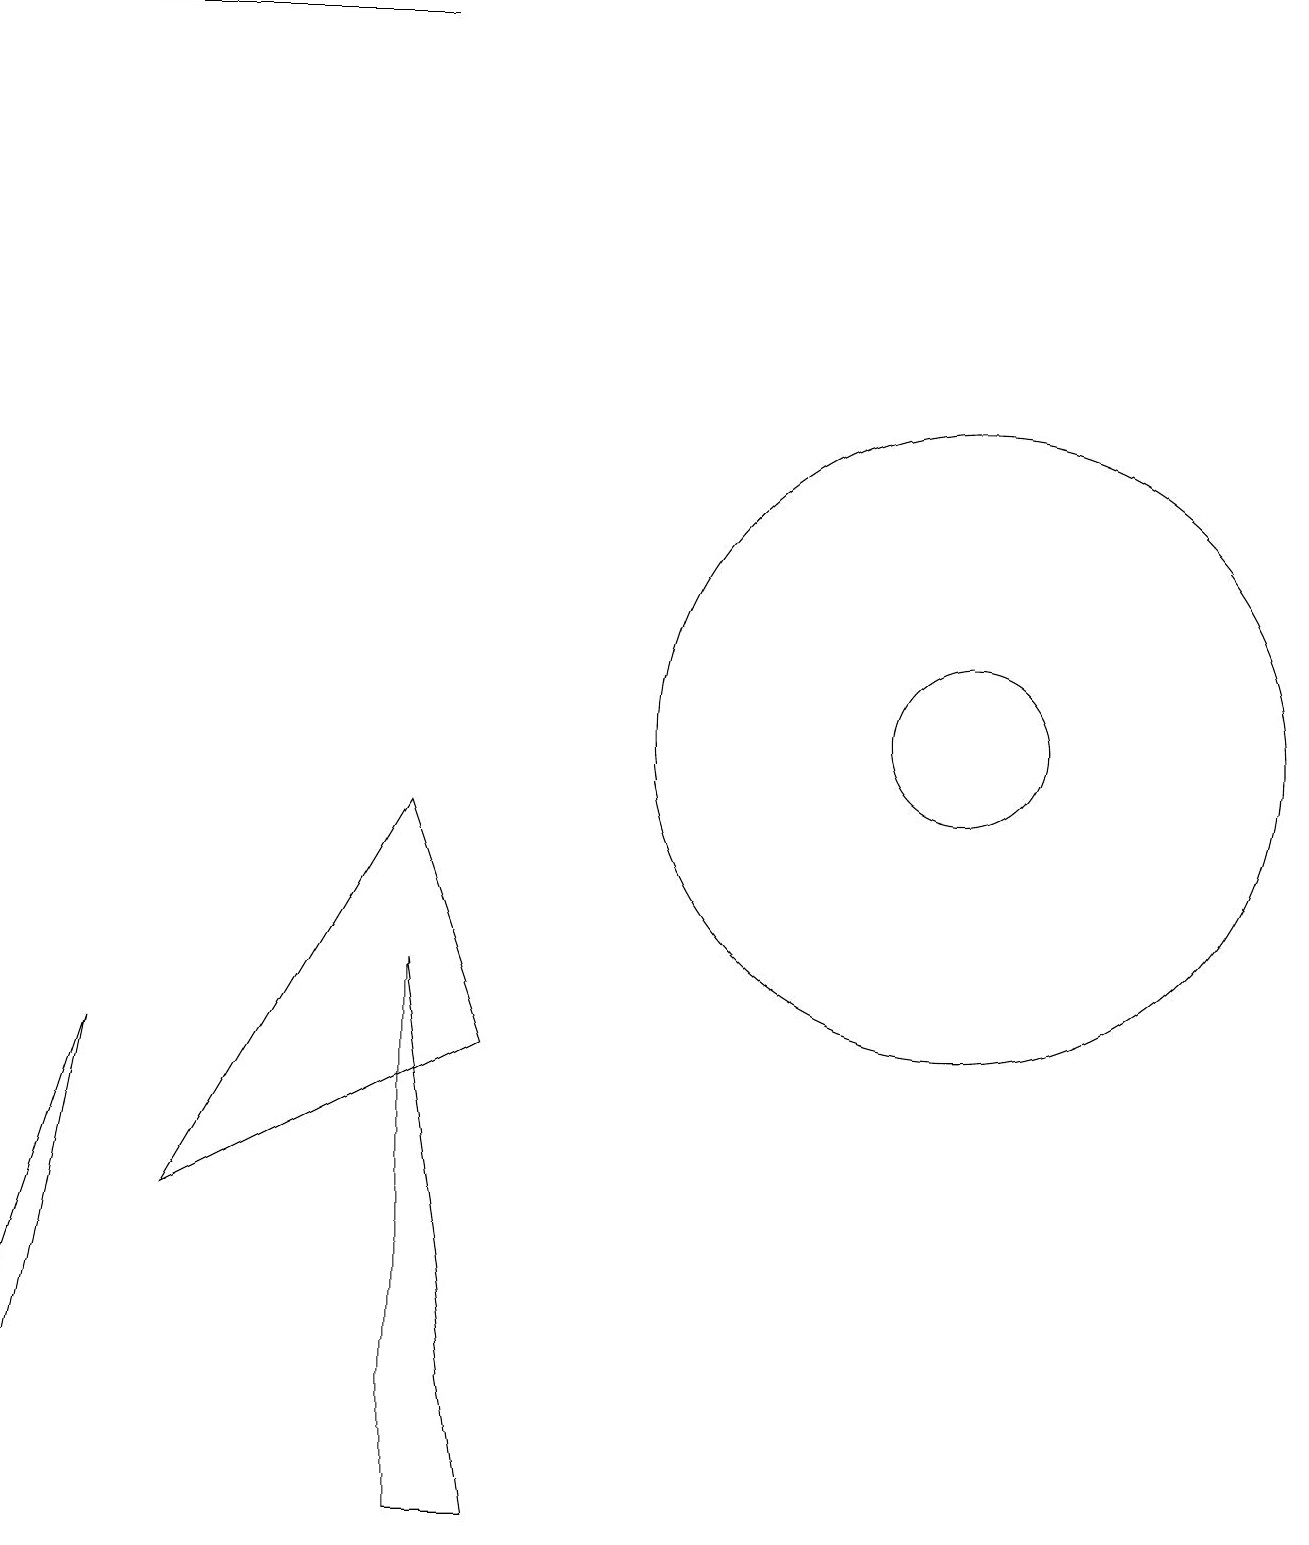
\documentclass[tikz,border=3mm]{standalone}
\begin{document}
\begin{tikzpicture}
\draw (1,6) -- (0,1) -- (0,3) -- cycle;
\draw (11,10) circle (0);
\draw (12,10) circle (4);
\draw (2,4) -- (6,6) -- (5,9) -- cycle;
\draw (12,10) circle (1);
\draw (5,7) -- (6,0) -- (5,0) -- cycle;
\draw (5,19) rectangle (1,19);
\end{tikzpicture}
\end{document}